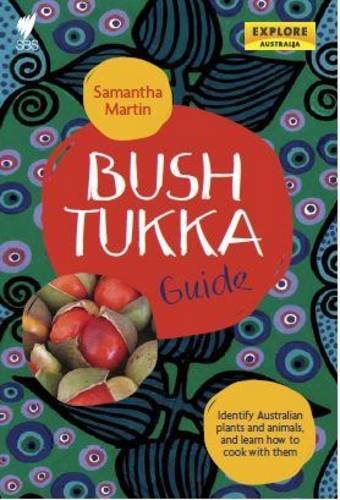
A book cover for Bush Tukka Guide: Identify Australian Plants and Animals, and Learn How to Cook; Samantha Martin; Travel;